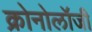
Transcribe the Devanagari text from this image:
क्रोनोलॉजी